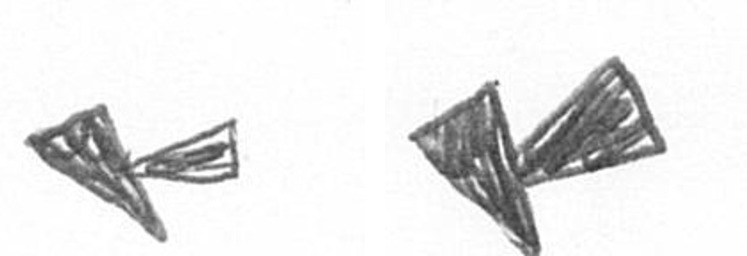
F F